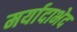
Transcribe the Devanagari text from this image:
मर्यादाभेद